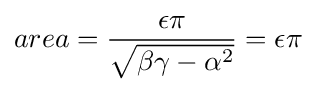
area={\frac {\epsilon \pi }{\sqrt {\beta \gamma -\alpha ^{2}}}}=\epsilon \pi